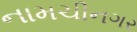
નામચીનગર